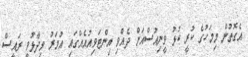
އެގޮތުން މިމަހުގެ ކުރީ ކުޅު ވީނިއުސްއަށް ދެއްވި އިންޓަވިއުއެއްގައި އުމަރު ވިދާޅުވީ ރައީސް